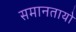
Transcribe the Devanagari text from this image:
समानतायो